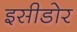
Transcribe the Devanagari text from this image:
इसीडोर